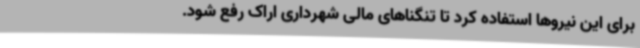
برای این نیروها استفاده کرد تا تنگناهای مالی شهرداری اراک رفع شود.